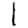
Digit: 1